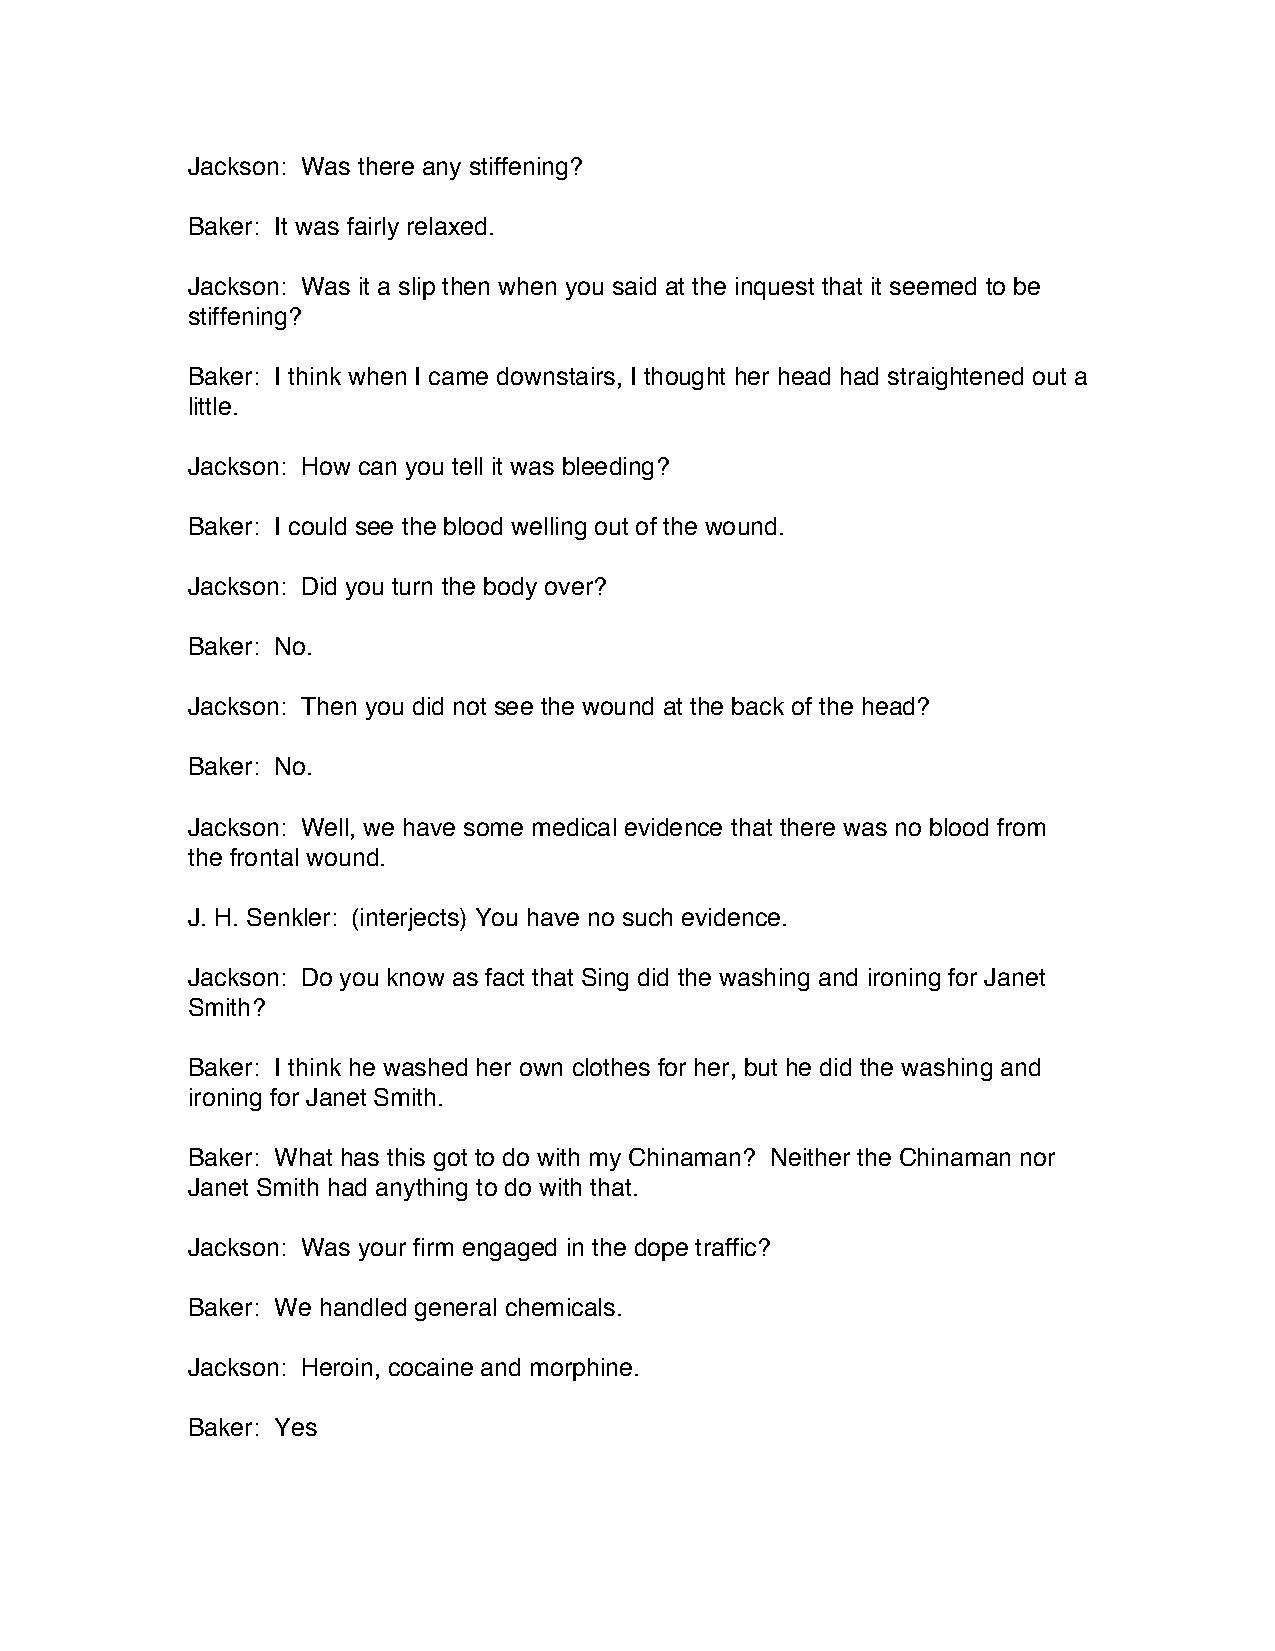
Jackson: Was there any stiffening?
 Baker: It was fairly relaxed.
 Jackson: Was it a slip then when you said at the inquest that it seemed to be
 stiffening?
 Baker: I think when I came downstairs, I thought her head had straightened out a
 little.
 Jackson: How can you tell it was bleeding?
 Baker: I could see the blood welling out of the wound.
 Jackson: Did you turn the body over?
 Baker: No.
 Jackson: Then you did not see the wound at the back of the head?
 Baker: No.
 Jackson: Well, we have some medical evidence that there was no blood from
 the frontal wound.
 J. H. Senkler: (interjects) You have no such evidence.
 Jackson: Do you know as fact that Sing did the washing and ironing for Janet
 Smith?
 Baker: I think he washed her own clothes for her, but he did the washing and
 ironing for Janet Smith.
 Baker: What has this got to do with my Chinaman? Neither the Chinaman nor
 Janet Smith had anything to do with that.
 Jackson: Was your firm engaged in the dope traffic?
 Baker: We handled general chemicals.
 Jackson: Heroin, cocaine and morphine.
 Baker: Yes